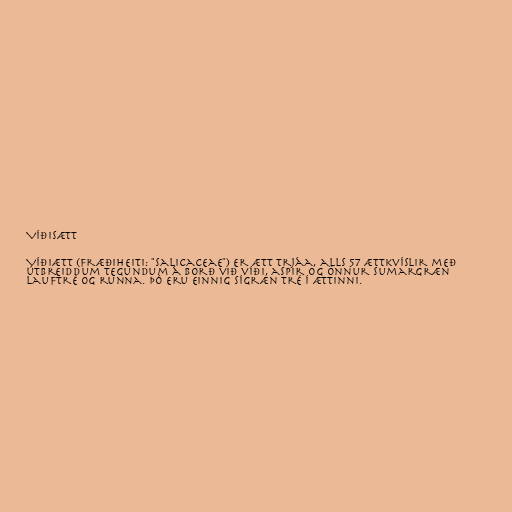
Víðisætt

Víðiætt (fræðiheiti: "Salicaceae") er ætt trjáa, alls 57 ættkvíslir með
útbreiddum tegundum á borð við víði, aspir og önnur sumargræn
lauftré og runna. Þó eru einnig sígræn tré í ættinni.